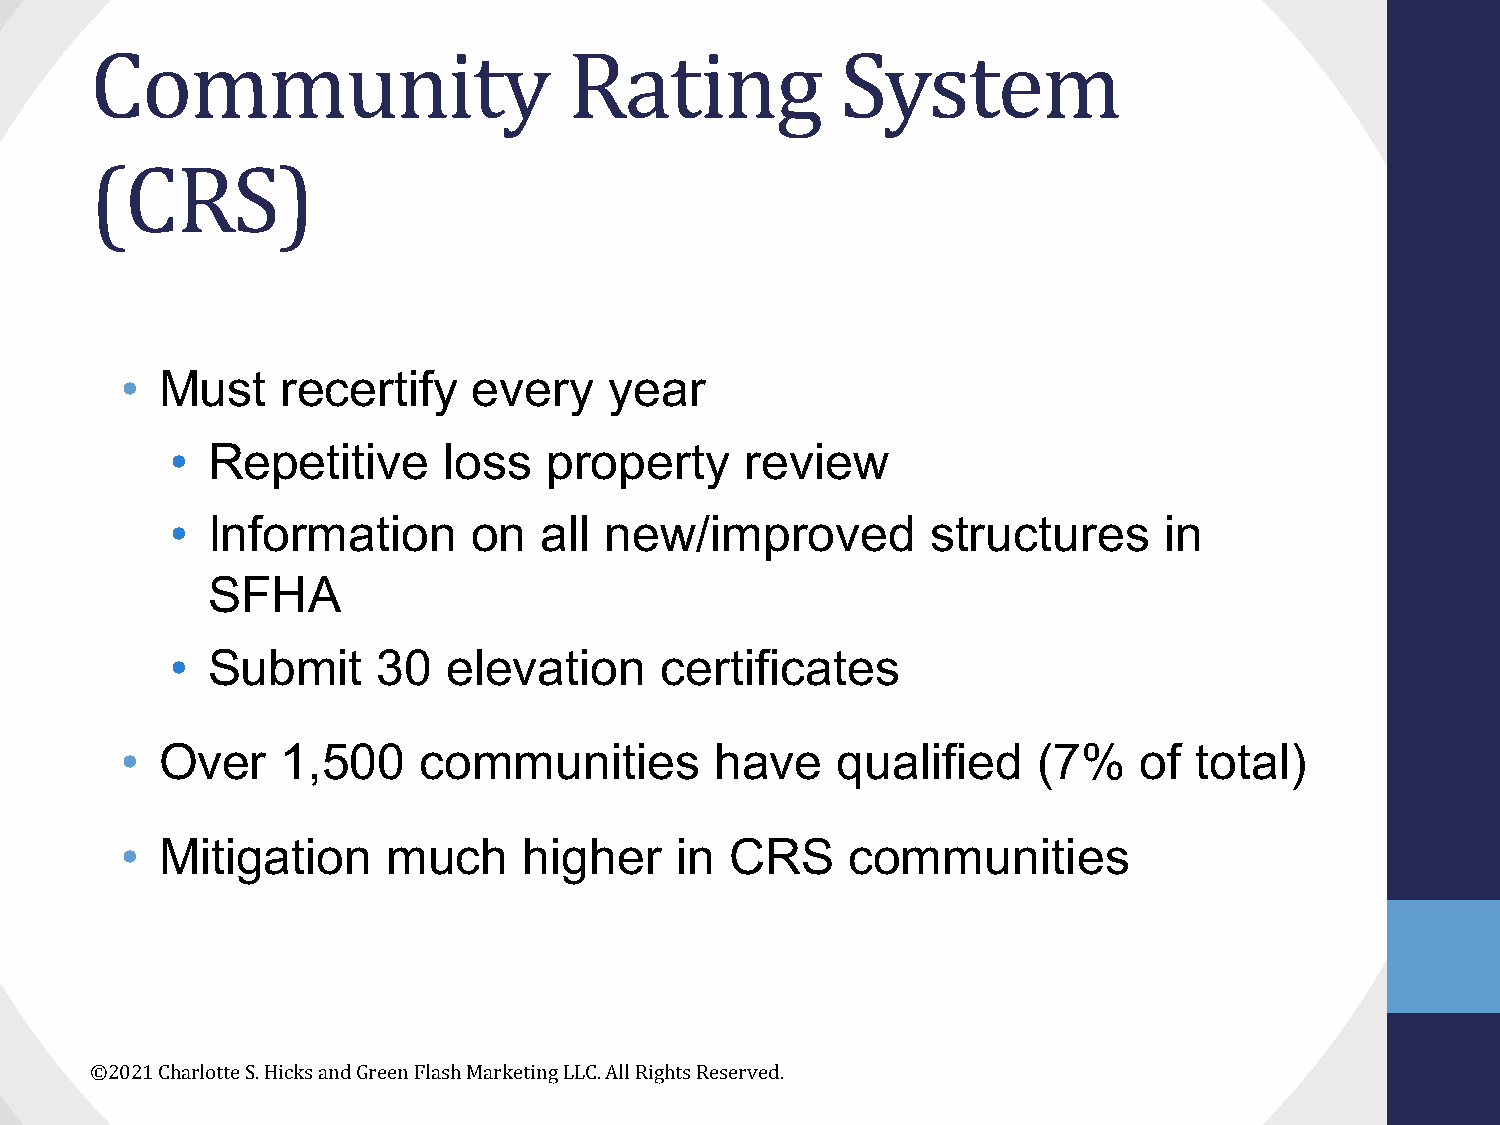
Community                       Rating            System
 (CRS)
 •  Must    recertify   every    year
 •  Repetitive     loss   property     review
 •  Information      on   all new/improved          structures     in
 SFHA
 •  Submit     30   elevation     certificates
 •  Over    1,500    communities        have    qualified     (7%    of total)
 •  Mitigation     much     higher    in CRS     communities
 ©2021 Charlotte S. Hicks and Green Flash Marketing LLC. All Rights Reserved.